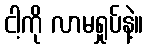
ငါ့ကို လာမရှုပ်နဲ့။